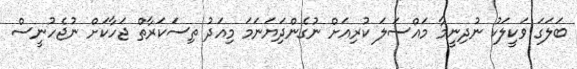
ބަލަގަ ވަކީލަކު ނުދިނީމާ މައްސަލަ ކުރިއަށް ނުގެންދިަަޔަނަމަ މިއަދު ތިސަކަރާތް ޖަހާކަށް ނުޖެހުނީސް